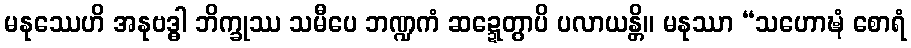
မနုဿေဟိ အနုဗဒ္ဓါ ဘိက္ခုဿ သမီပေ ဘဏ္ဍကံ ဆဍ္ဍေတွာပိ ပလာယန္တိ။ မနုဿာ “သဟောဍ္ဎံ စောရံ